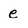
Character: e